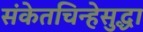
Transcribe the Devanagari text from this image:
संकेतचिन्हेसुद्धा